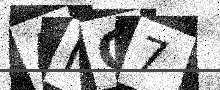
Text: AIG7